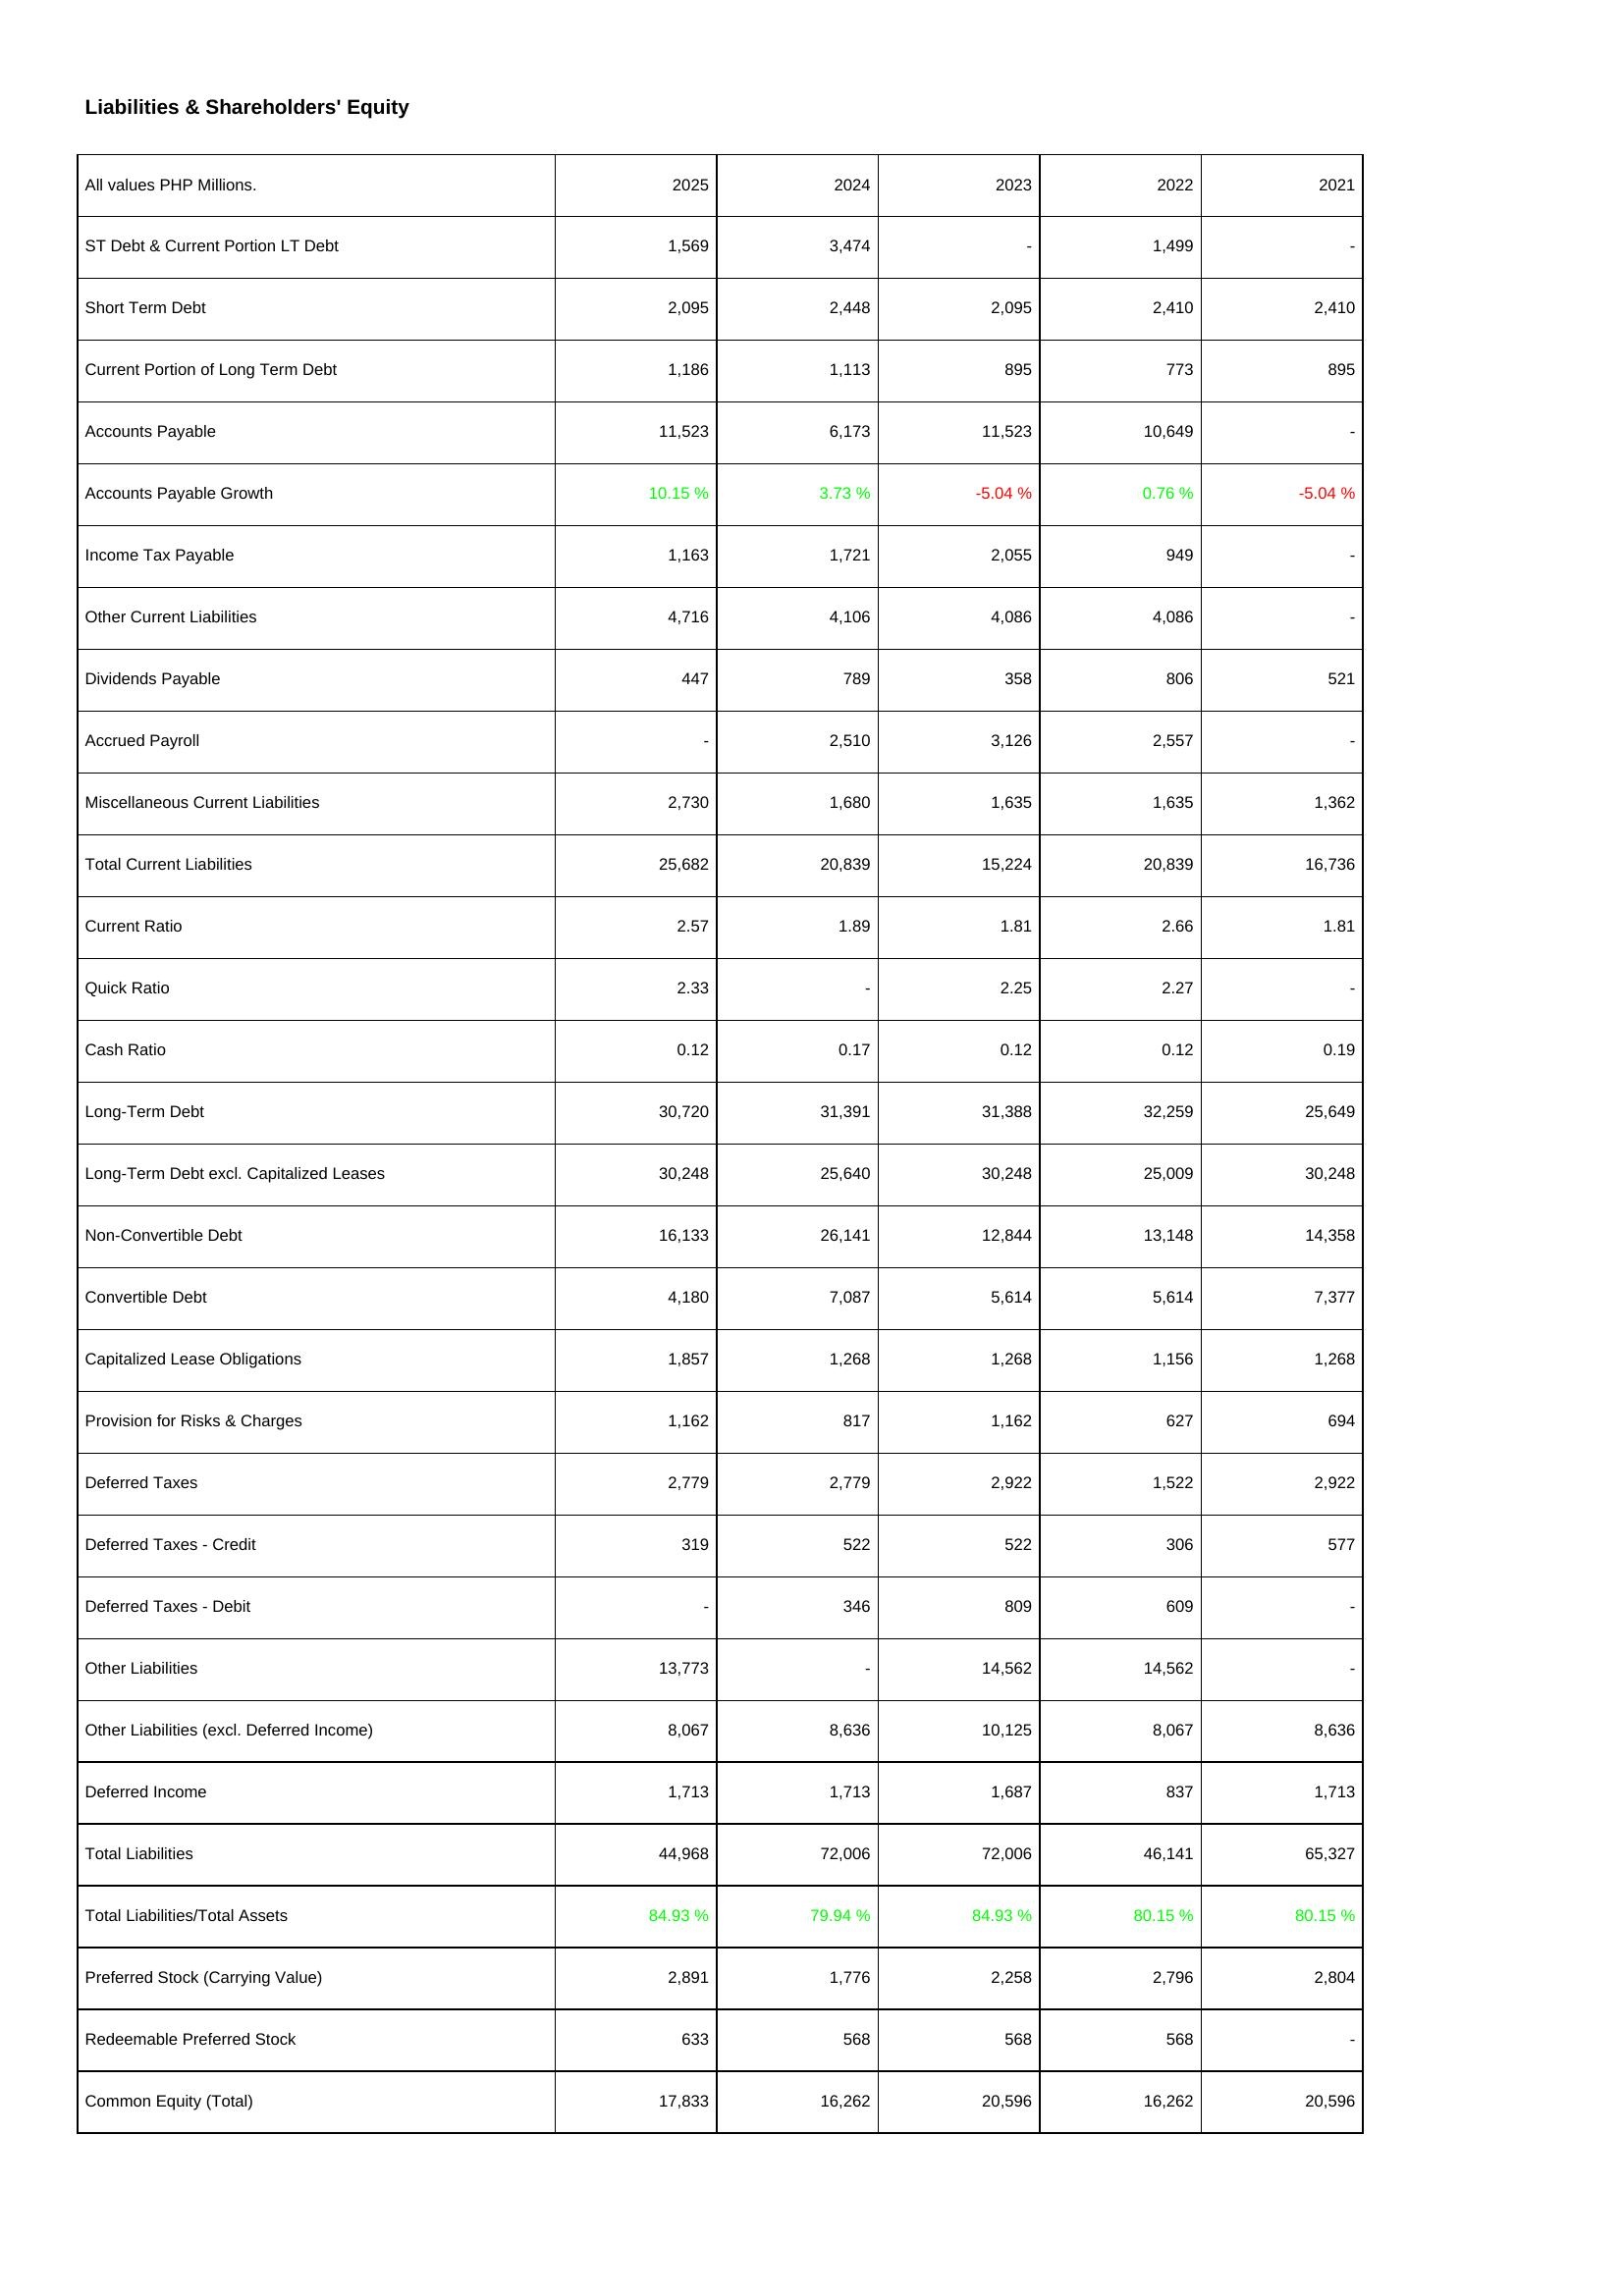
2025: Liabilities & Shareholders' Equity: ST Debt & Current Portion LT Debt: 1,569
Short Term Debt: 2,095
Current Portion of Long Term Debt: 1,186
Accounts Payable: 11,523
Accounts Payable Growth: 10.15 %
Income Tax Payable: 1,163
Other Current Liabilities: 4,716
Dividends Payable: 447
Accrued Payroll: -
Miscellaneous Current Liabilities: 2,730
Total Current Liabilities: 25,682
Current Ratio: 2.57
Quick Ratio: 2.33
Cash Ratio: 0.12
Long-Term Debt: 30,720
Long-Term Debt excl. Capitalized Leases: 30,248
Non-Convertible Debt: 16,133
Convertible Debt: 4,180
Capitalized Lease Obligations: 1,857
Provision for Risks & Charges: 1,162
Deferred Taxes: 2,779
Deferred Taxes - Credit: 319
Deferred Taxes - Debit: -
Other Liabilities: 13,773
Other Liabilities (excl. Deferred Income): 8,067
Deferred Income: 1,713
Total Liabilities: 44,968
Total Liabilities/Total Assets: 84.93 %
Preferred Stock (Carrying Value): 2,891
Redeemable Preferred Stock: 633
Common Equity (Total): 17,833
2024: Liabilities & Shareholders' Equity: ST Debt & Current Portion LT Debt: 3,474
Short Term Debt: 2,448
Current Portion of Long Term Debt: 1,113
Accounts Payable: 6,173
Accounts Payable Growth: 3.73 %
Income Tax Payable: 1,721
Other Current Liabilities: 4,106
Dividends Payable: 789
Accrued Payroll: 2,510
Miscellaneous Current Liabilities: 1,680
Total Current Liabilities: 20,839
Current Ratio: 1.89
Quick Ratio: -
Cash Ratio: 0.17
Long-Term Debt: 31,391
Long-Term Debt excl. Capitalized Leases: 25,640
Non-Convertible Debt: 26,141
Convertible Debt: 7,087
Capitalized Lease Obligations: 1,268
Provision for Risks & Charges: 817
Deferred Taxes: 2,779
Deferred Taxes - Credit: 522
Deferred Taxes - Debit: 346
Other Liabilities: -
Other Liabilities (excl. Deferred Income): 8,636
Deferred Income: 1,713
Total Liabilities: 72,006
Total Liabilities/Total Assets: 79.94 %
Preferred Stock (Carrying Value): 1,776
Redeemable Preferred Stock: 568
Common Equity (Total): 16,262
2023: Liabilities & Shareholders' Equity: ST Debt & Current Portion LT Debt: -
Short Term Debt: 2,095
Current Portion of Long Term Debt: 895
Accounts Payable: 11,523
Accounts Payable Growth: -5.04 %
Income Tax Payable: 2,055
Other Current Liabilities: 4,086
Dividends Payable: 358
Accrued Payroll: 3,126
Miscellaneous Current Liabilities: 1,635
Total Current Liabilities: 15,224
Current Ratio: 1.81
Quick Ratio: 2.25
Cash Ratio: 0.12
Long-Term Debt: 31,388
Long-Term Debt excl. Capitalized Leases: 30,248
Non-Convertible Debt: 12,844
Convertible Debt: 5,614
Capitalized Lease Obligations: 1,268
Provision for Risks & Charges: 1,162
Deferred Taxes: 2,922
Deferred Taxes - Credit: 522
Deferred Taxes - Debit: 809
Other Liabilities: 14,562
Other Liabilities (excl. Deferred Income): 10,125
Deferred Income: 1,687
Total Liabilities: 72,006
Total Liabilities/Total Assets: 84.93 %
Preferred Stock (Carrying Value): 2,258
Redeemable Preferred Stock: 568
Common Equity (Total): 20,596
2022: Liabilities & Shareholders' Equity: ST Debt & Current Portion LT Debt: 1,499
Short Term Debt: 2,410
Current Portion of Long Term Debt: 773
Accounts Payable: 10,649
Accounts Payable Growth: 0.76 %
Income Tax Payable: 949
Other Current Liabilities: 4,086
Dividends Payable: 806
Accrued Payroll: 2,557
Miscellaneous Current Liabilities: 1,635
Total Current Liabilities: 20,839
Current Ratio: 2.66
Quick Ratio: 2.27
Cash Ratio: 0.12
Long-Term Debt: 32,259
Long-Term Debt excl. Capitalized Leases: 25,009
Non-Convertible Debt: 13,148
Convertible Debt: 5,614
Capitalized Lease Obligations: 1,156
Provision for Risks & Charges: 627
Deferred Taxes: 1,522
Deferred Taxes - Credit: 306
Deferred Taxes - Debit: 609
Other Liabilities: 14,562
Other Liabilities (excl. Deferred Income): 8,067
Deferred Income: 837
Total Liabilities: 46,141
Total Liabilities/Total Assets: 80.15 %
Preferred Stock (Carrying Value): 2,796
Redeemable Preferred Stock: 568
Common Equity (Total): 16,262
2021: Liabilities & Shareholders' Equity: ST Debt & Current Portion LT Debt: -
Short Term Debt: 2,410
Current Portion of Long Term Debt: 895
Accounts Payable: -
Accounts Payable Growth: -5.04 %
Income Tax Payable: -
Other Current Liabilities: -
Dividends Payable: 521
Accrued Payroll: -
Miscellaneous Current Liabilities: 1,362
Total Current Liabilities: 16,736
Current Ratio: 1.81
Quick Ratio: -
Cash Ratio: 0.19
Long-Term Debt: 25,649
Long-Term Debt excl. Capitalized Leases: 30,248
Non-Convertible Debt: 14,358
Convertible Debt: 7,377
Capitalized Lease Obligations: 1,268
Provision for Risks & Charges: 694
Deferred Taxes: 2,922
Deferred Taxes - Credit: 577
Deferred Taxes - Debit: -
Other Liabilities: -
Other Liabilities (excl. Deferred Income): 8,636
Deferred Income: 1,713
Total Liabilities: 65,327
Total Liabilities/Total Assets: 80.15 %
Preferred Stock (Carrying Value): 2,804
Redeemable Preferred Stock: -
Common Equity (Total): 20,596